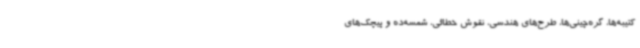
کتیبه‌ها، گره‌چینی‌ها، طرح‌های هندسی، نقوش خطائی، شمسه‌ده و پیچک‌های